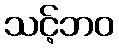
သင့်ဘဝ